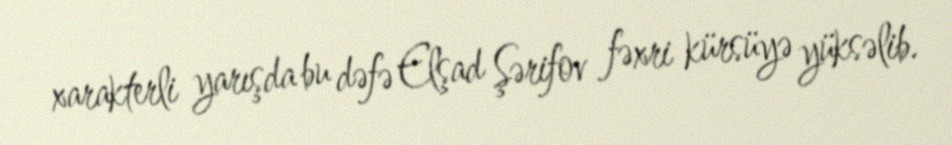
xarakterli yarışda bu dəfə Elşad Şərifov fəxri kürsüyə yüksəlib.